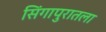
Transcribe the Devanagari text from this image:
सिंगापुरातला